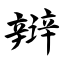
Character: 辩